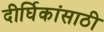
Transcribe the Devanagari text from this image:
दीर्घिकांसाठी